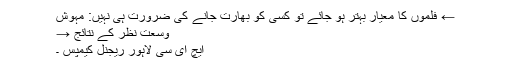
← فلموں کا معیار بہتر ہو جائے تو کسی کو بھارت جانے کی ضرورت ہی نہیں: مہوش
وسعت نظر کے نتائج →
ایچ ای سی لاہور ریجنل کیمپس ۔